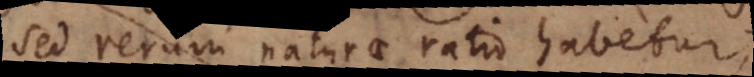
sed rerum naturae ratio habetur,